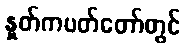
နှုတ်ကပတ်တော်တွင်